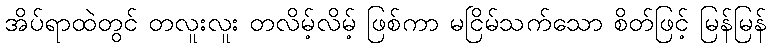
အိပ်ရာထဲတွင် တလူးလူး တလိမ့်လိမ့် ဖြစ်ကာ မငြိမ်သက်သော စိတ်ဖြင့် မြန်မြန်